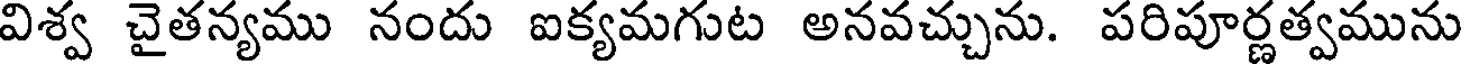
విశ్వ చైతన్యము నందు ఐక్యమగుట అనవచ్చును. పరిపూర్ణత్వమును